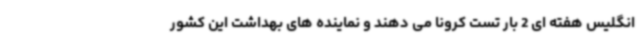
انگلیس هفته ای 2 بار تست کرونا می دهند و نماینده های بهداشت این کشور